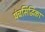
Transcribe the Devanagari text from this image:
पंचसिद्धिका